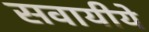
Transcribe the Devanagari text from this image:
सवायीये